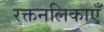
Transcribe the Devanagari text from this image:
रक्तनलिकाएँ